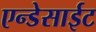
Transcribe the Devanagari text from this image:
एन्डेसाईट